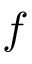
f